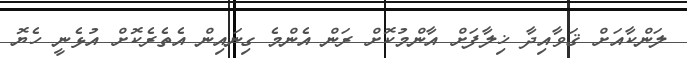
ލަންކާއަށް ޤަވާއިދާ ޚިލާފަށް އާންމުކޮށް ރަން އެންމެ ގިނައިން އެތެރެކޮށް އުޅެނީ ހެޔޮ